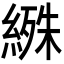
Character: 𬗰